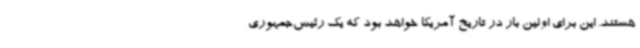
هستند. این برای اولین بار در تاریخ آمریکا خواهد بود که یک رئیس‌جمهوری